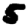
Digit: 5